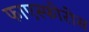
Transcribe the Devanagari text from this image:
फाएस्फोरोस